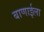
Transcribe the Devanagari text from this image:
बाणाईला